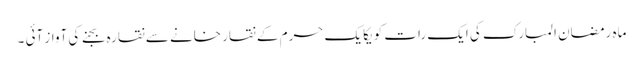
ماہ رمضان المبارک کی ایک رات کو یکایک حرم کے نقار خانے سے نقارہ بجنے کی آواز آئی ۔